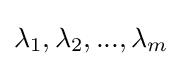
{\textstyle \lambda _{1},\lambda _{2},...,\lambda _{m}}